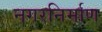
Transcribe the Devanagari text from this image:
नगरनिर्माण